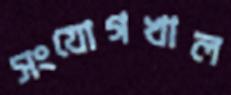
সংযোগখাল